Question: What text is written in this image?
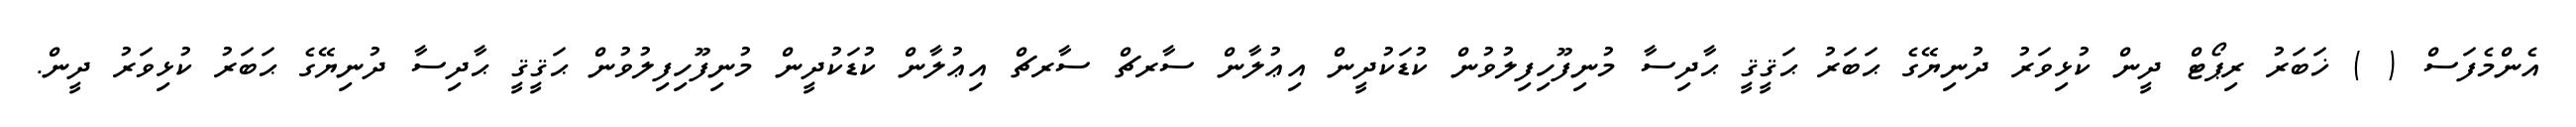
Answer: އެންމެފަސް ( ) ޚަބަރު ރިޕޯޓް ދީން ކުޅިވަރު ދުނިޔޭގެ ޙަބަރު ޙަޤީޤީ ޙާދިސާ މުނިފޫހިފިލުވުން ކުޑަކުދީން އިޢުލާން ސާރޗް ސާރޗް އިޢުލާން ކުޑަކުދީން މުނިފޫހިފިލުވުން ޙަޤީޤީ ޙާދިސާ ދުނިޔޭގެ ޙަބަރު ކުޅިވަރު ދީން.